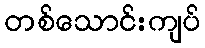
တစ်သောင်းကျပ်